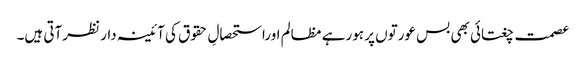
عصمت چغتائی بھی بس عورتوں پر ہورہے مظالم اوراستحصالِ حقوق کی آئینہ دار نظرآتی ہیں۔